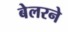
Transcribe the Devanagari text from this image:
बेलरने